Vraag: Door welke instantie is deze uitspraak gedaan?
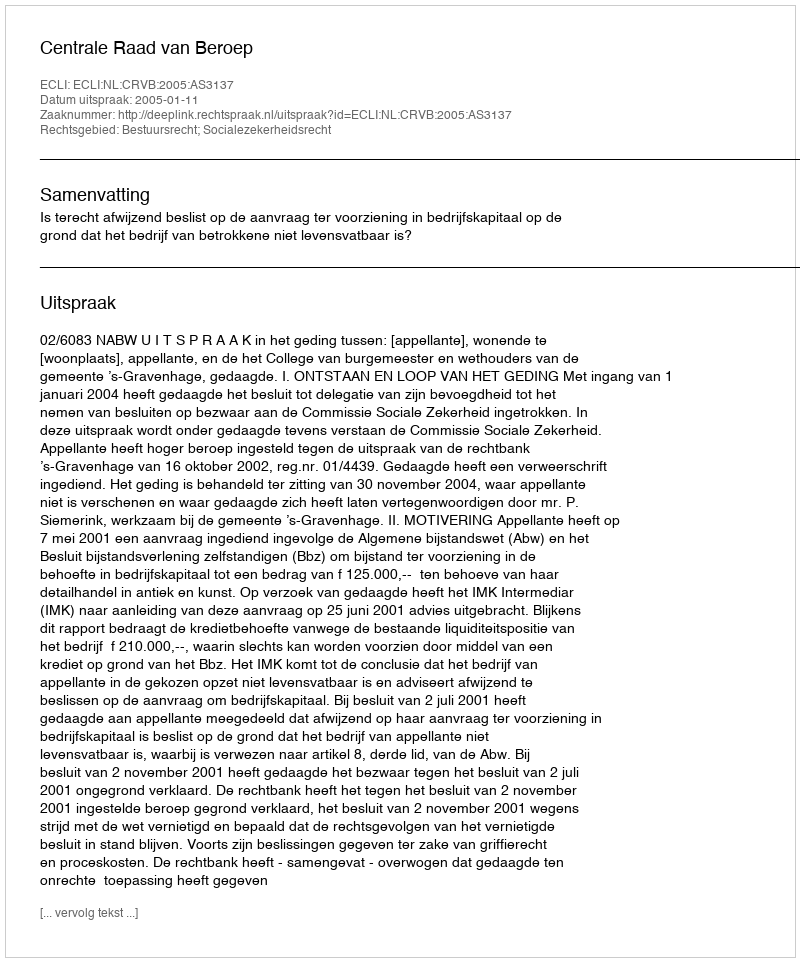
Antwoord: Centrale Raad van Beroep